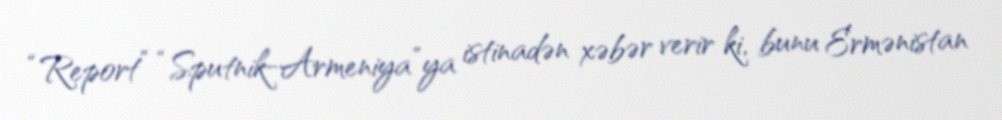
“Report” “Sputnik-Armeniya”ya istinadən xəbər verir ki, bunu Ermənistan